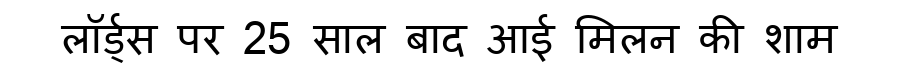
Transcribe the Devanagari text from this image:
लॉर्ड्स पर 25 साल बाद आई मिलन की शाम